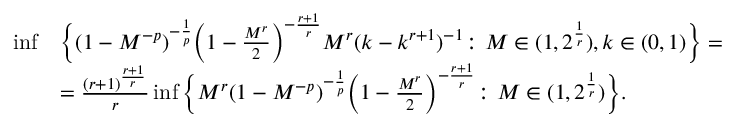
\begin{array} { r l } { \operatorname* { i n f } } & { \Big \{ ( 1 - M ^ { - p } ) ^ { - \frac { 1 } { p } } \Big ( 1 - \frac { M ^ { r } } { 2 } \Big ) ^ { - \frac { r + 1 } { r } } M ^ { r } ( k - k ^ { r + 1 } ) ^ { - 1 } \colon M \in ( 1 , 2 ^ { \frac { 1 } { r } } ) , k \in ( 0 , 1 ) \Big \} = } \\ & { = \frac { ( r + 1 ) ^ { \frac { r + 1 } { r } } } { r } \operatorname* { i n f } \Big \{ M ^ { r } ( 1 - M ^ { - p } ) ^ { - \frac { 1 } { p } } \Big ( 1 - \frac { M ^ { r } } { 2 } \Big ) ^ { - \frac { r + 1 } { r } } \colon M \in ( 1 , 2 ^ { \frac { 1 } { r } } ) \Big \} . } \end{array}